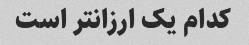
کدام یک ارزانتر است